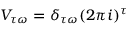
V _ { \tau \omega } = \delta _ { \tau \omega } ( 2 \pi i ) ^ { \tau }